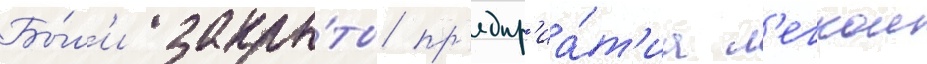
Бы́л'и закры́ты пр'едпр'иа́т'иа л'егкои